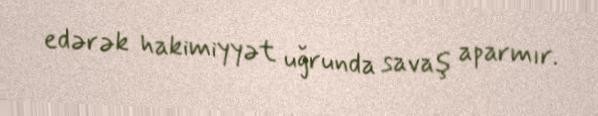
edərək hakimiyyət uğrunda savaş aparmır.